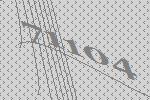
71104